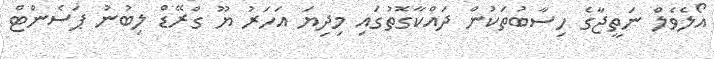
އޯލެވެލް ނަތީޖާގެ ހިސާބުތަކުން ދައްކާގޮތުގައި މިދިޔަ އަހަރު ޔޫ ގްރޭޑް ލިބުނު ޕަސެންޓް